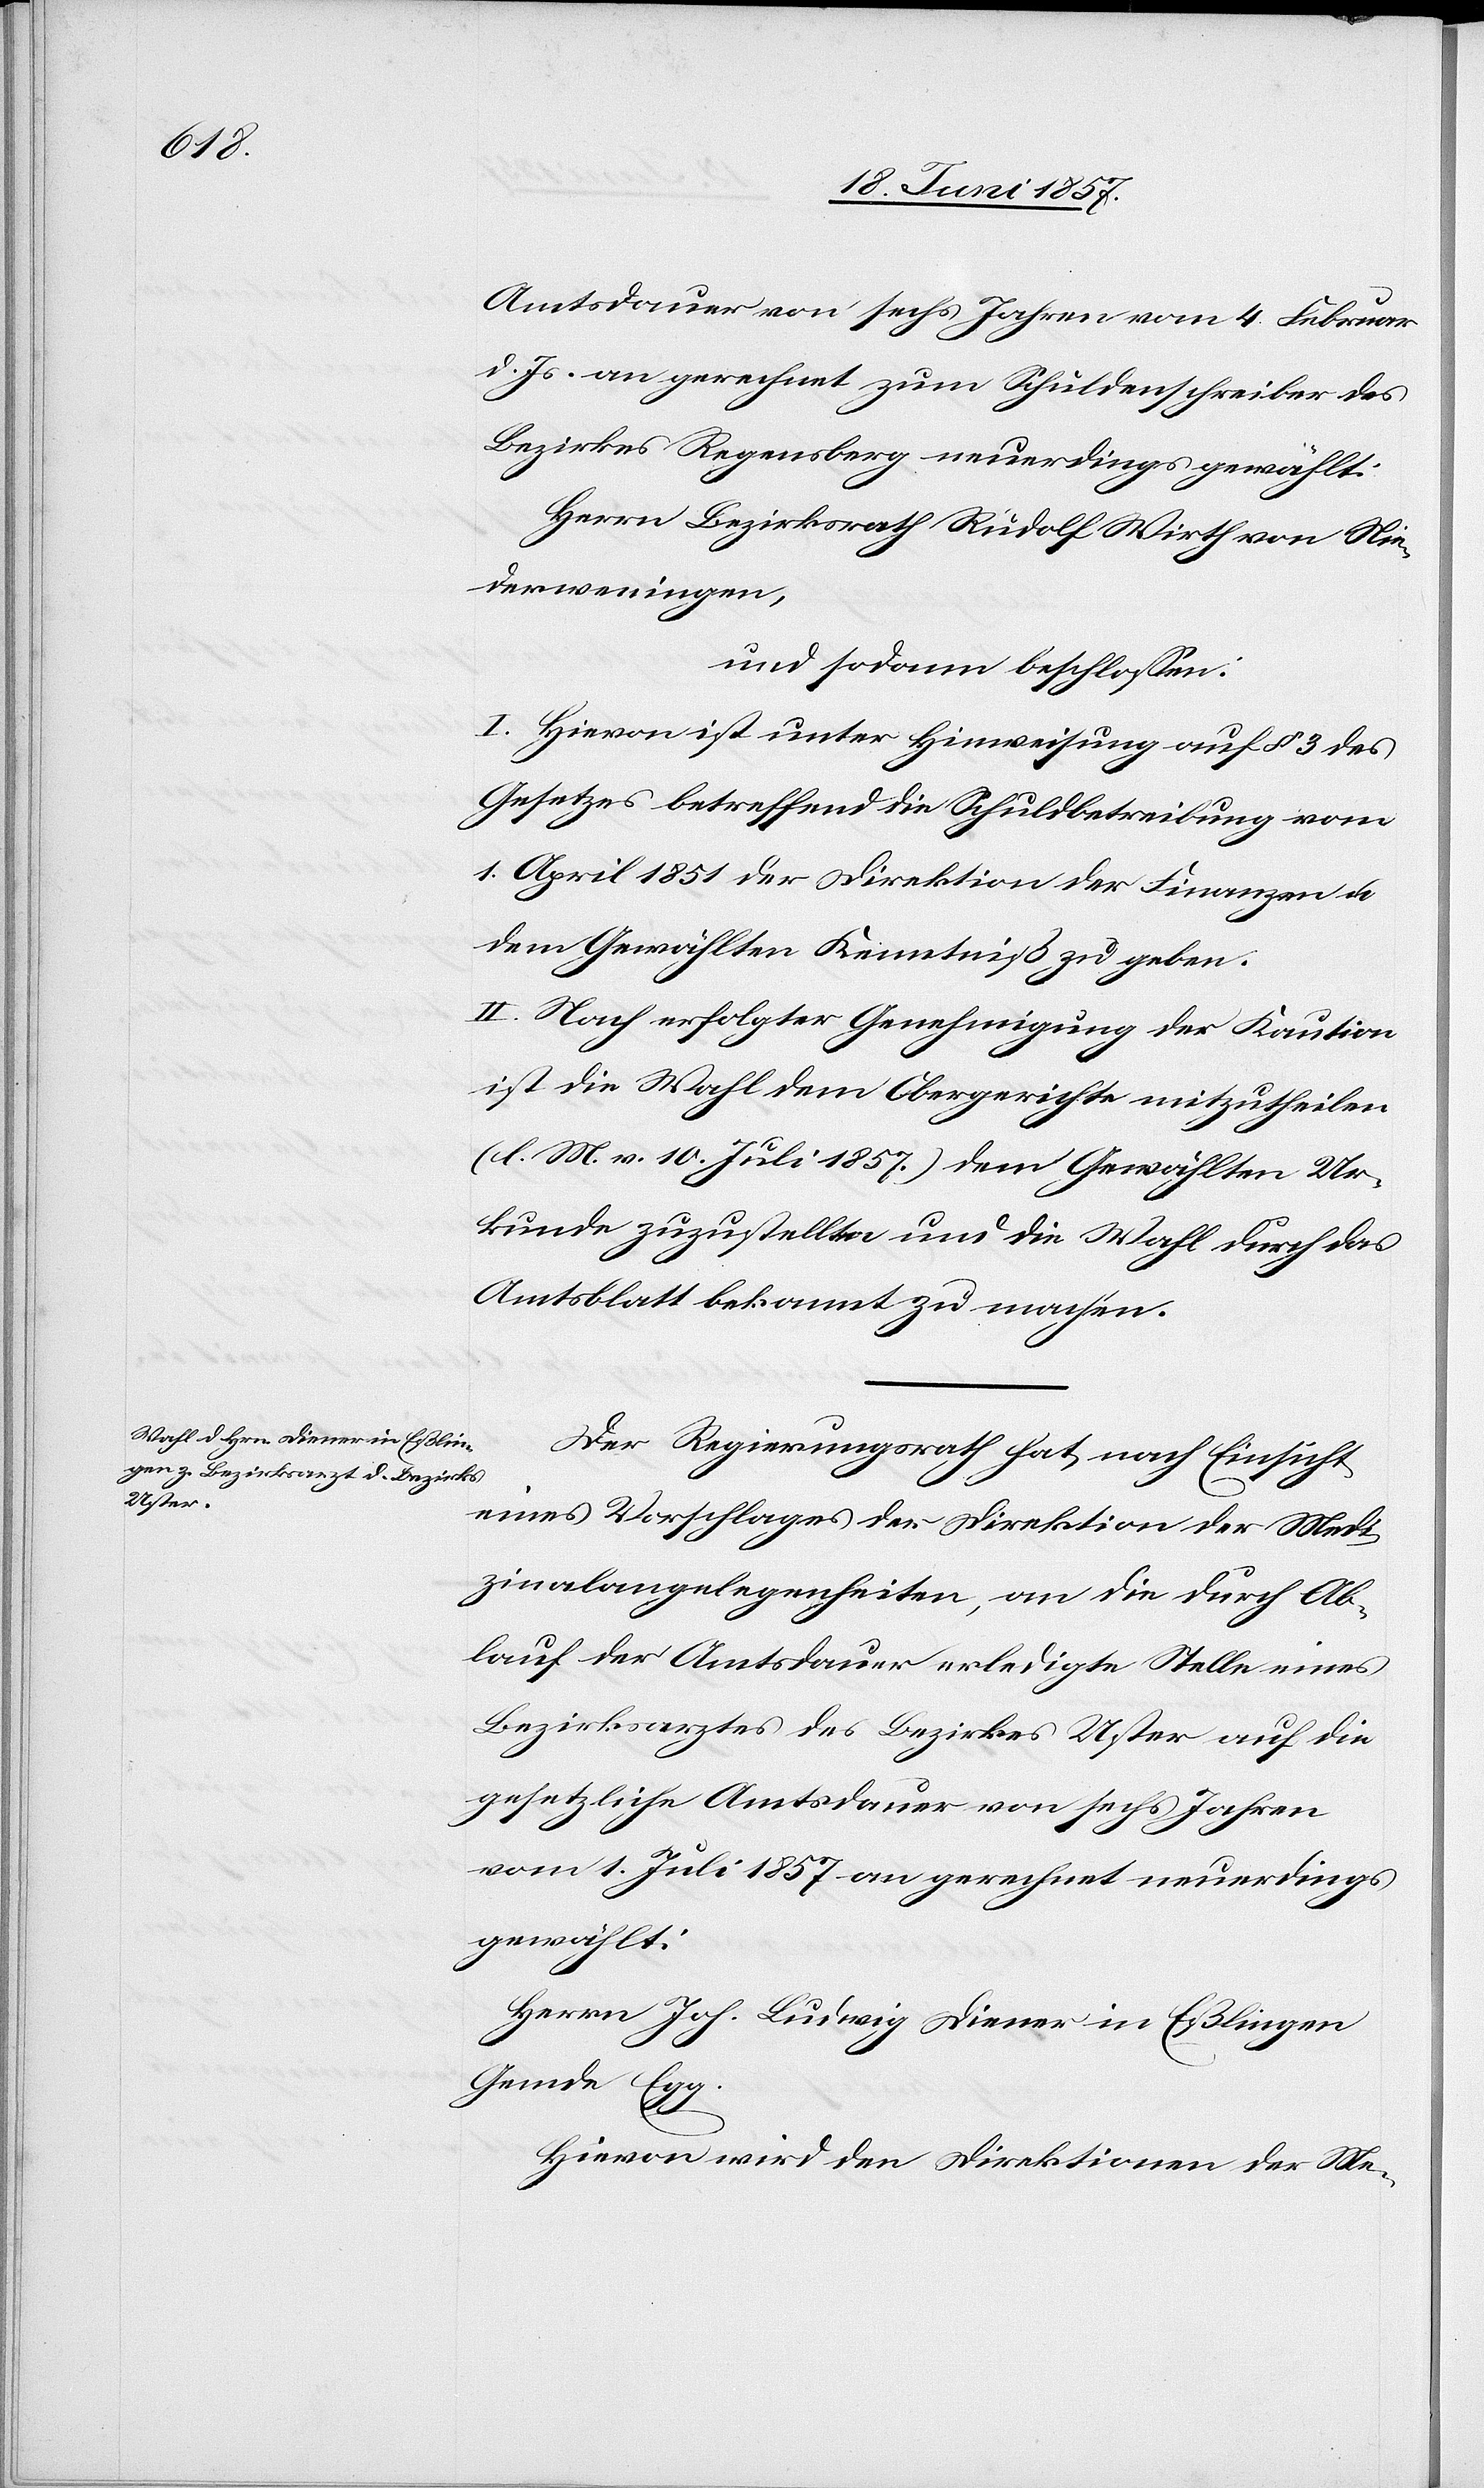
Amtsdauer von sechs Jahren vom 4 Februar
d. Js. an gerechnet zum Schuldenschreiber des
Bezirkes Regensberg neuerdings gewählt:
Herrn Bezirksrath Rudolf Wirth von Nie¬
derweningen,
und sodann beschlossen:
I. Hievon ist unter Hinweisung auf § 3 des
Gesetzes betreffend die Schuldbetreibung vom
1 April 1851 der Direktion der Finanzen &
dem Gewählten Kenntniß zu geben.
II. Nach erfolgter Genehmigung der Kaution
ist die Wahl dem Obergerichte mitzutheilen
[l. M. v. 10 Juli 1857.] dem Gewählten Ur¬
kunde zuzustellen und die Wahl durch das
Amtsblatt bekannt zu machen.
Der Regierungsrath hat nach Einsicht
eines Vorschlages der Direktion der Medi¬
zinalangelegenheiten, an die durch Ab¬
lauf der Amtsdauer erledigte Stelle eines
Bezirksarztes des Bezirkes Uster auf die
gesetzliche Amtsdauer von sechs Jahren
vom 1 Juli 1857 an gerechnet neuerdings
gewählt:
Herrn Joh. Ludwig Diener in Eßlingen
Gemde Egg.
Hievon wird den Direktionen der Me-